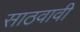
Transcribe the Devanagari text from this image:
साठवावी